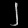
Digit: ၂